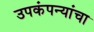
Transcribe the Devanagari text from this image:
उपकंपन्यांचा